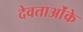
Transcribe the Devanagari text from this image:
देवताओंके